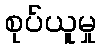
စုပ်ယူမှု